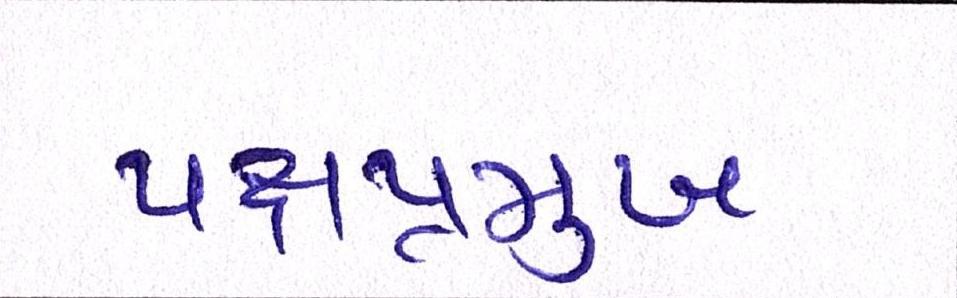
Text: પક્ષપ્રમુખ